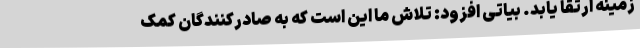
زمینه ارتقا یابد. بیاتی افزود: تلاش ما این است که به صادرکنندگان کمک